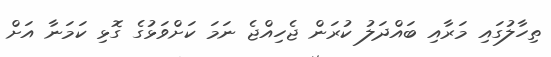
ތިހާލުގައި މަރާއި ބައްދަލު ކުރަން ޖެހިއްޖެ ނަމަ ކަށްވަޅުގެ ގޮޅި ކަމަނާ އަށް